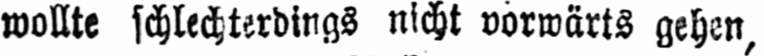
wollte schlechterdings nicht vorwärts gehen,